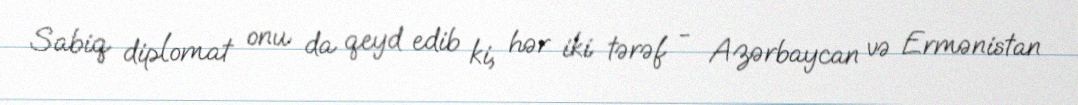
Sabiq diplomat onu da qeyd edib ki, hər iki tərəf - Azərbaycan və Ermənistan